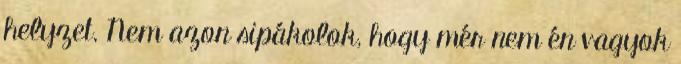
helyzet. Nem azon sipákolok, hogy mér nem én vagyok